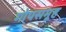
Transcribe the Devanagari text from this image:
गोपसमूह